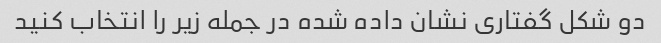
دو شکل گفتاری نشان داده شده در جمله زیر را انتخاب کنید